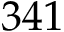
3 4 1